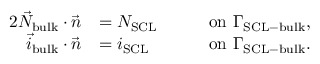
\begin{array} { r l r l } { { 2 } \vec { N } _ { \mathrm { b u l k } } \cdot \vec { n } } & { = N _ { \mathrm { S C L } } \quad } & & { \mathrm { o n } \ \Gamma _ { \mathrm { S C L - b u l k } } , } \\ { \vec { i } _ { \mathrm { b u l k } } \cdot \vec { n } } & { = i _ { \mathrm { S C L } } } & & { \mathrm { o n } \ \Gamma _ { \mathrm { S C L - b u l k } } . } \end{array}